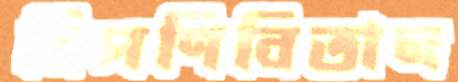
বিপণিবিতান